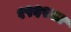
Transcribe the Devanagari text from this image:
१९६९ला